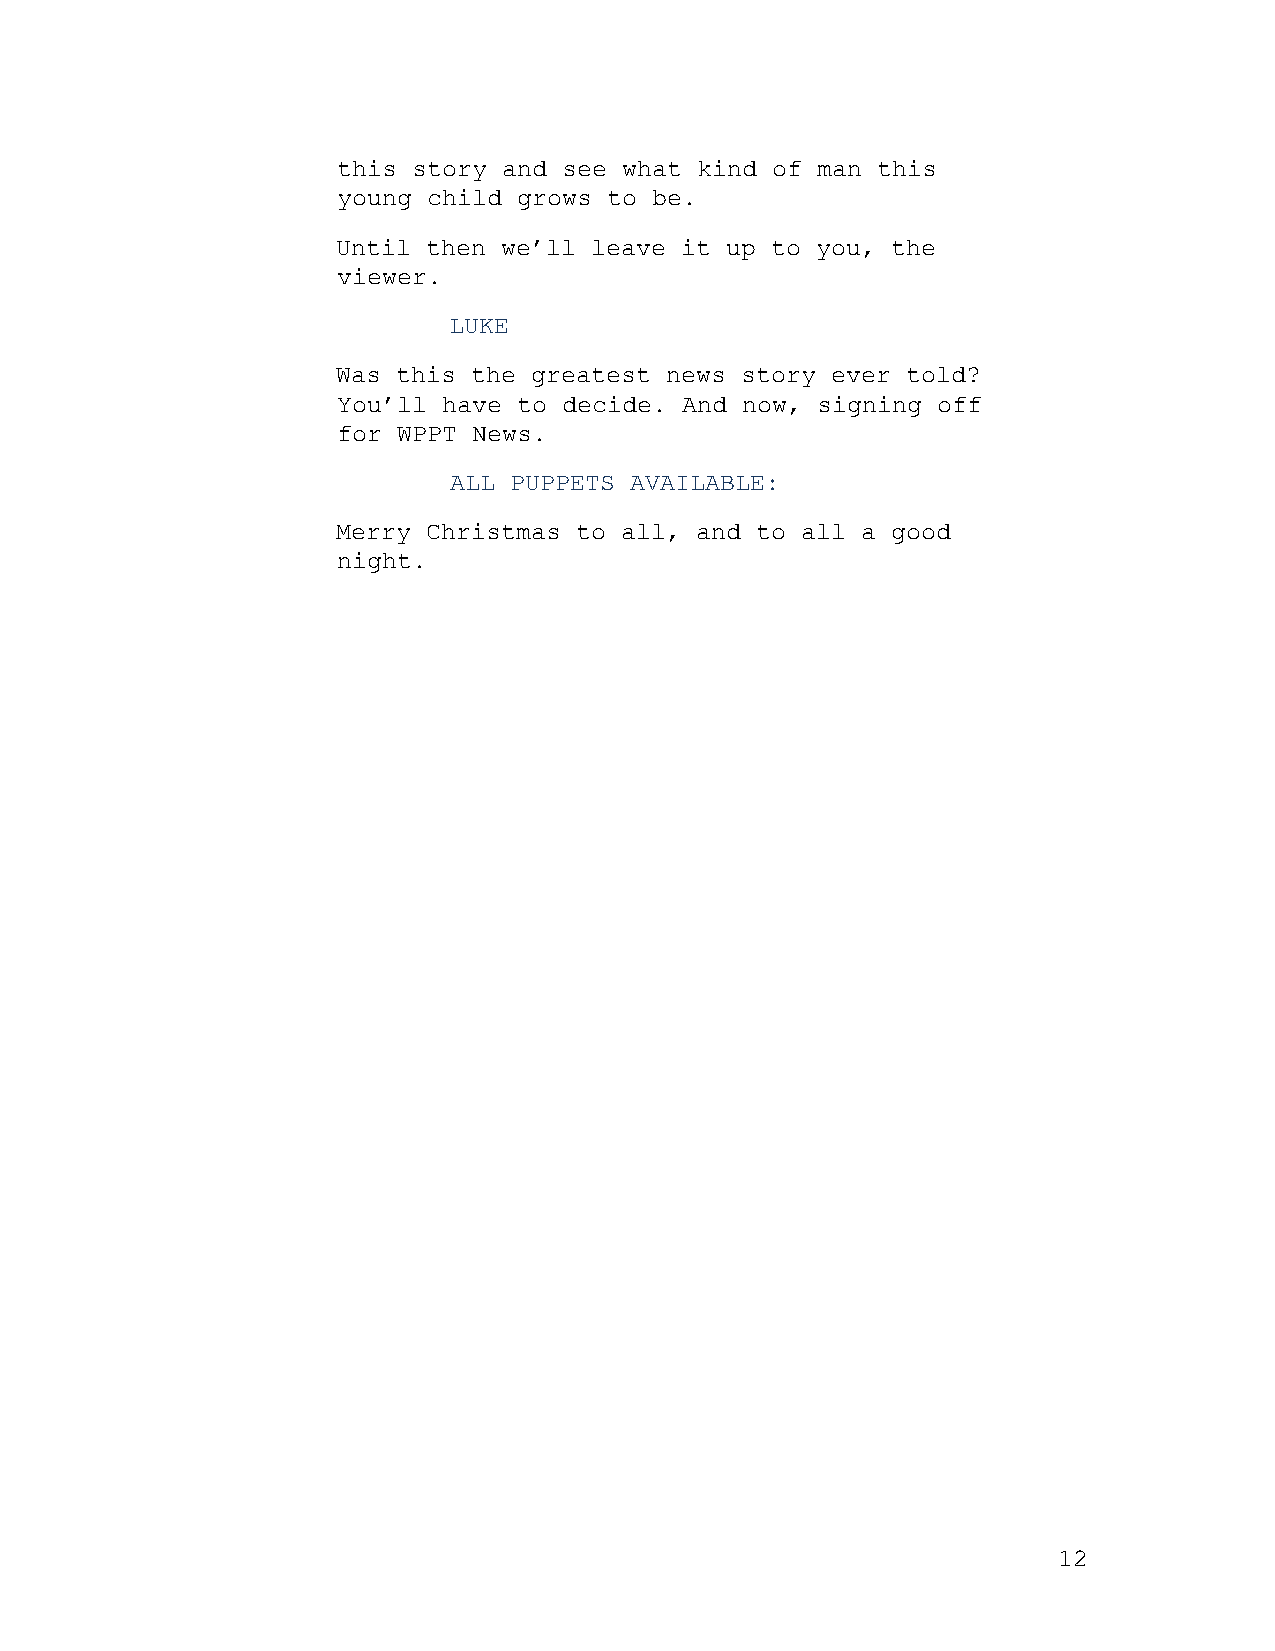
this story and see what kind of man this
 young child grows to be.
 Until then we’ll leave it up to you, the
 viewer.
 LUKE
 Was this the greatest news story ever told?
 You’ll have to decide. And now, signing off
 for WPPT News.
 ALL PUPPETS AVAILABLE:
 Merry Christmas to all, and to all a good
 night.
 12